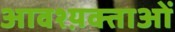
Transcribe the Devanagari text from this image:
आवश्य़क्ताओं